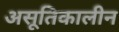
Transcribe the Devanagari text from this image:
असूतिकालीन